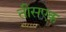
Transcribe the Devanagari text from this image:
तीसएक